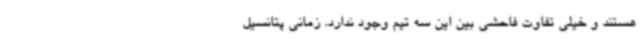
هستند و خیلی تفاوت فاحشی بین این سه تیم وجود ندارد. زمانی پتانسیل